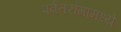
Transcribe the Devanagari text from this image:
पर्वतरांगामध्ये